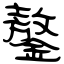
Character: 鏊